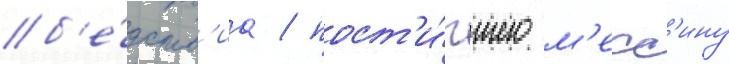
б'е́дств'иа / пост'и́гшего м'есс'ину